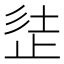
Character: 𣥲